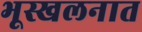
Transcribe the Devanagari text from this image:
भूस्खलनात